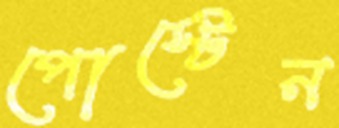
পোস্টেন